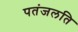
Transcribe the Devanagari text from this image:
पतंजलति